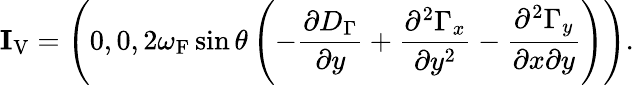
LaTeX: {\mathbf{I}}_{\mathrm{{V}}}=\left({0,0,2\omega_{\mathrm{{F}}}\sin\theta\left({-\frac{\partial D_{\Gamma}}{\partial y}+\frac{\partial^{2}\Gamma_{x}}{\partial y^{2}}-\frac{\partial^{2}\Gamma_{y}}{\partial x\partial y}}\right)}\right).